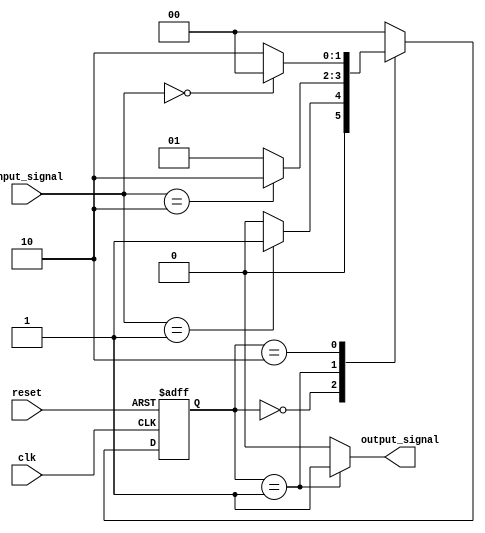
module parameterized_fsm #(
    parameter NUM_STATES = 3,       // Number of states
    parameter INPUT_WIDTH = 2,      // Width of input
    parameter OUTPUT_WIDTH = 1       // Width of output
)(
    input wire clk,                  // Clock input
    input wire reset,                // Synchronous reset
    input wire [INPUT_WIDTH-1:0] input_signal, // Input signal affecting transitions
    output reg [OUTPUT_WIDTH-1:0] output_signal  // Output signal based on the current state
);

// State definition using local parameters
localparam STATE_0 = 2'b00,
           STATE_1 = 2'b01,
           STATE_2 = 2'b10;

reg [1:0] current_state, next_state;

// State register
always @(posedge clk or posedge reset) begin
    if (reset) begin
        current_state <= STATE_0; // Initialize to STATE_0 on reset
    end else begin
        current_state <= next_state; // Update current state
    end
end

// Next state logic
always @(*) begin
    case (current_state)
        STATE_0: begin
            if (input_signal == 2'b01) begin
                next_state = STATE_1; // Transition condition
            end else begin
                next_state = STATE_0; // Stay in STATE_0
            end
        end
        
        STATE_1: begin
            if (input_signal == 2'b10) begin
                next_state = STATE_2; // Transition condition
            end else begin
                next_state = STATE_1; // Stay in STATE_1
            end
        end
        
        STATE_2: begin
            if (input_signal == 2'b00) begin
                next_state = STATE_0; // Transition condition
            end else begin
                next_state = STATE_2; // Stay in STATE_2
            end
        end
        
        default: next_state = STATE_0; // Default state
    endcase
end

// Output logic
always @(*) begin
    case (current_state)
        STATE_0: output_signal = 1'b0; // Output for STATE_0
        STATE_1: output_signal = 1'b1; // Output for STATE_1
        STATE_2: output_signal = 1'b0; // Output for STATE_2
        default: output_signal = 1'b0; // Default output
    endcase
end

endmodule